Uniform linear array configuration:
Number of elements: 32
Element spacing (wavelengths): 0.25
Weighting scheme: hann
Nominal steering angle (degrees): -15
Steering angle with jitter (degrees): -16.81
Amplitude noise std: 0.05
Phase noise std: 0.05

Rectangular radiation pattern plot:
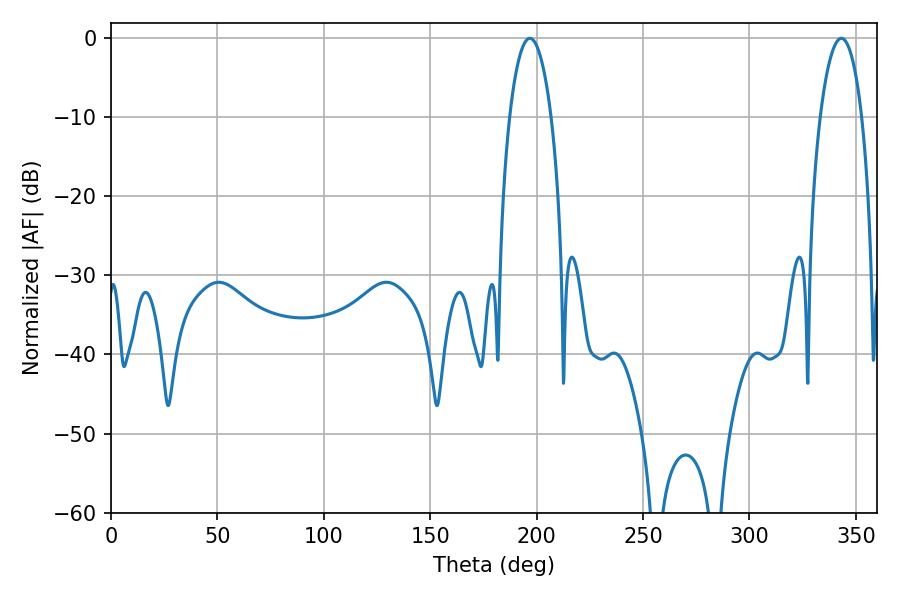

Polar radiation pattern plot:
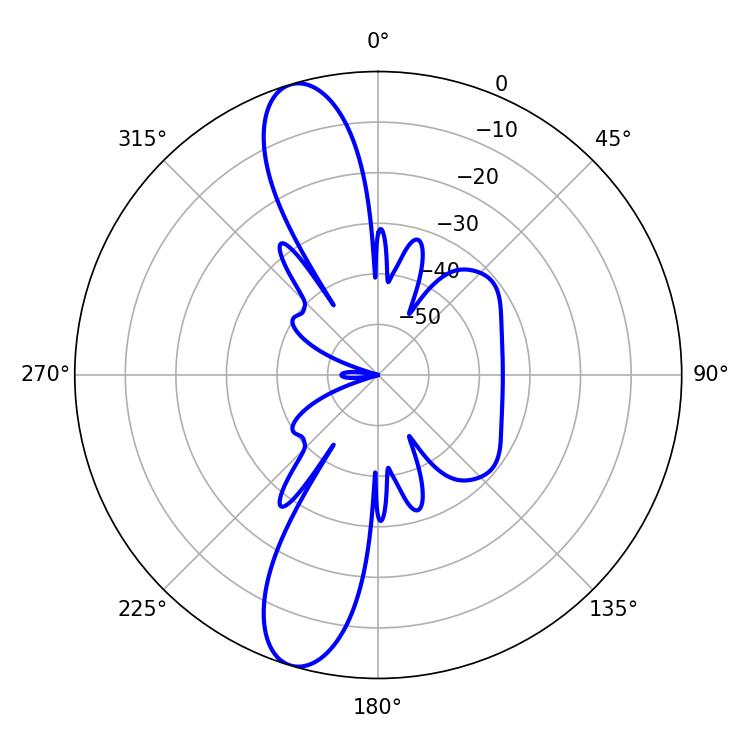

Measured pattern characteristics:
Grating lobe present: FALSE
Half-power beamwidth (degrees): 10.98
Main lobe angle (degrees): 196.74